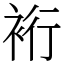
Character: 裄